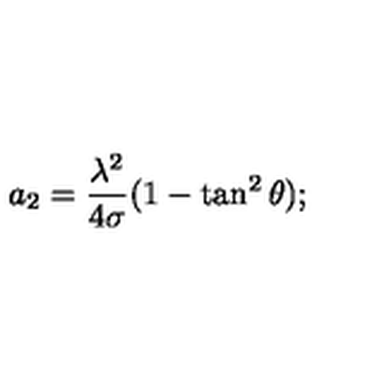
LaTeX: a _ { 2 } = { \frac { \lambda ^ { 2 } } { 4 \sigma } } ( 1 - \tan ^ { 2 } \theta ) ;